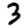
Digit: 3